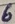
Text: 6